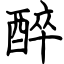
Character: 醉